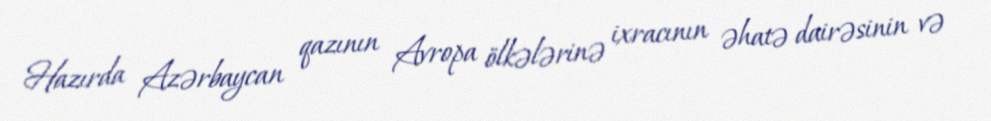
Hazırda Azərbaycan qazının Avropa ölkələrinə ixracının əhatə dairəsinin və